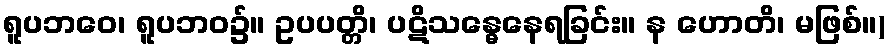
ရူပဘဝေ၊ ရူပဘဝ၌။ ဥပပတ္တိ၊ ပဋိသန္ဓေနေရခြင်း။ န ဟောတိ၊ မဖြစ်။)